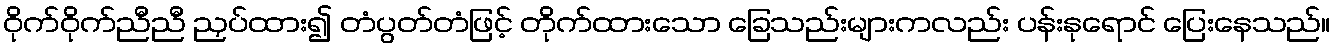
ဝိုက်ဝိုက်ညီညီ ညှပ်ထား၍ တံပွတ်တံဖြင့် တိုက်ထားသော ခြေသည်းများကလည်း ပန်းနုရောင် ပြေးနေသည်။